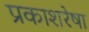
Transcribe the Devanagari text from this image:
प्रकाशरेषा